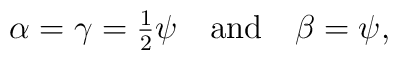
\alpha =\gamma={\textstyle{1\over2}}\psi \quad \mbox{and} \quad\beta = \psi ,